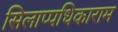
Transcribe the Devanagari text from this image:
सिलाप्पधिकाराम